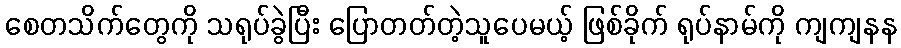
စေတသိက်တွေကို သရုပ်ခွဲပြီး ပြောတတ်တဲ့သူပေမယ့် ဖြစ်ခိုက် ရုပ်နာမ်ကို ကျကျနန